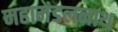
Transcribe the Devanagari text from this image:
महामंडलनाथ